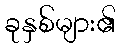
ခုနှစ်များ၏